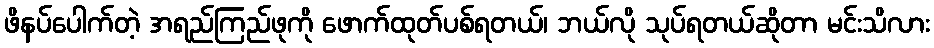
ဖိနပ်ပေါက်တဲ့ အရည်ကြည်ဖုကို ဖောက်ထုတ်ပစ်ရတယ်၊ ဘယ်လို သုပ်ရတယ်ဆိုတာ မင်းသိလား